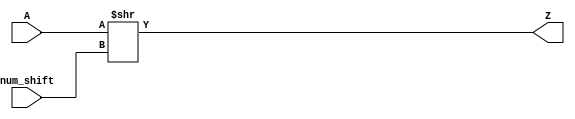
module shr_32(input [31:0] A, num_shift, output [31:0] Z);
assign Z[31:0] = A>>num_shift;
endmodule